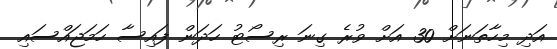
އަދި މިހާތަނަށް 30 އަށް ވުރެ ގިނަ ރިސޯޓު ހަދަން ފައިސާ ހަމަޖައްސައި